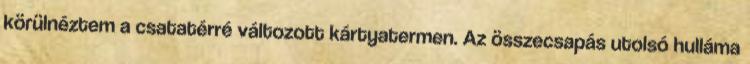
körülnéztem a csatatérré változott kártyatermen. Az összecsapás utolsó hulláma